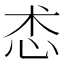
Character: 怸